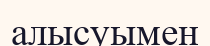
алысуымен